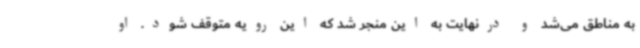
به مناطق می‌شد و درنهایت به این منجر شد که این رویه متوقف شود. او